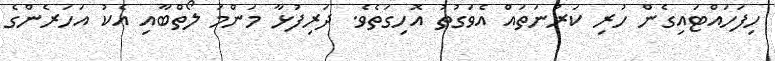
ހިފަހައްޓައިގެން ހުރި ކަރުނަތައް އެވަގުތު އޮހިގަތެވެ. ދަރިފުޅާ މަންމަ ލޯތްބާއި އެކު އަހަރެންގެ